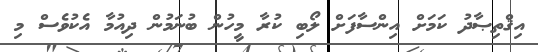
އިޤްތިޞާދު ކަމަށް އިންސާފަށް ލޯބި ކުރާ މީހުން ބުނަމުން ދިއުމާ އެކުވެސް މި